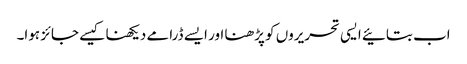
اب بتائیے ایسی تحریروں کو پڑھنا اور ایسے ڈرامے دیکھنا کیسے جائز ہوا۔